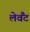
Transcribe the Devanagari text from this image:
लेवैंट